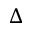
\Delta